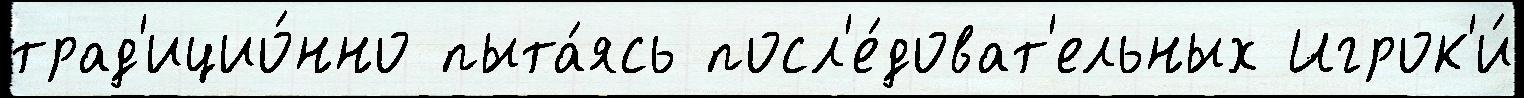
трад'ицио́нно пыта́ясь посл'е́доват'ельных Игрок'и́